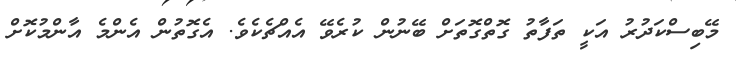
މޭބިސްކަދުރު އަކީ ތަފާތު ގޮތްގޮތަށް ބޭނުން ކުރެވޭ އެއްޗެކެވެ. އެގޮތުން އެންމެ އާންމުކޮށް